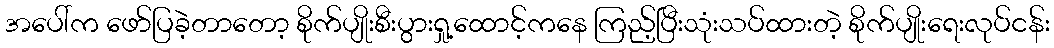
အပေါ်က ဖော်ပြခဲ့တာတော့ စိုက်ပျိုးစီးပွားရှု့ထောင့်ကနေ ကြည့်ပြီးသုံးသပ်ထားတဲ့ စိုက်ပျိုးရေးလုပ်ငန်း